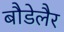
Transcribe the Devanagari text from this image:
बौडेलैर